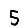
Digit: 5